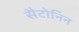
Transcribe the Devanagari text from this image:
सैटोनिन